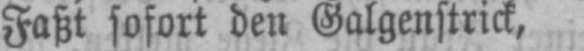
Faßt sofort den Galgenstrick,